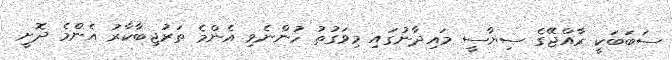
ސަބަބަކީ ރާއްޖޭގެ ސިޔާސީ މައިދާނުގައި މިވަގުތު ހުންނެވި އެންމެ ތަރުޖިބާކާރު އެންމެ ދޮށީ